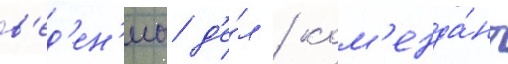
в'ед'ен'иа д'е́л / ком'енда́нт